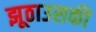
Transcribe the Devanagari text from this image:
झूठाउसकी